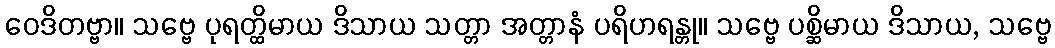
ဝေဒိတဗ္ဗာ။ သဗ္ဗေ ပုရတ္ထိမာယ ဒိသာယ သတ္တာ အတ္တာနံ ပရိဟရန္တု။ သဗ္ဗေ ပစ္ဆိမာယ ဒိသာယ, သဗ္ဗေ